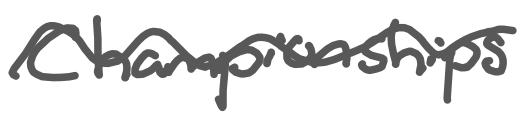
Text: Championships
Cross-out: wave
Writing tool: digital_gray